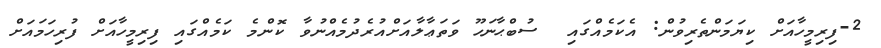
2-ފިރިމީހާއަށް ކިޔަމަންތެރިވުން: އެކަމެއްގައި  ސުބްޙާނަހޫ ވަތަޢާލާއަށްއުރެދުމެއްނުވާ ކޮންމެ ކަމެއްގައި ފިރިމީހާއަށް ފުރިހަމައަށް